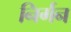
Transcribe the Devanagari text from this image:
निर्गन